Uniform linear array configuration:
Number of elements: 12
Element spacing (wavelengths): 0.25
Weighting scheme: cosine
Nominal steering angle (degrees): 0
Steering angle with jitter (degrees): -0.4852
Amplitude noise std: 0.05
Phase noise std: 0.05

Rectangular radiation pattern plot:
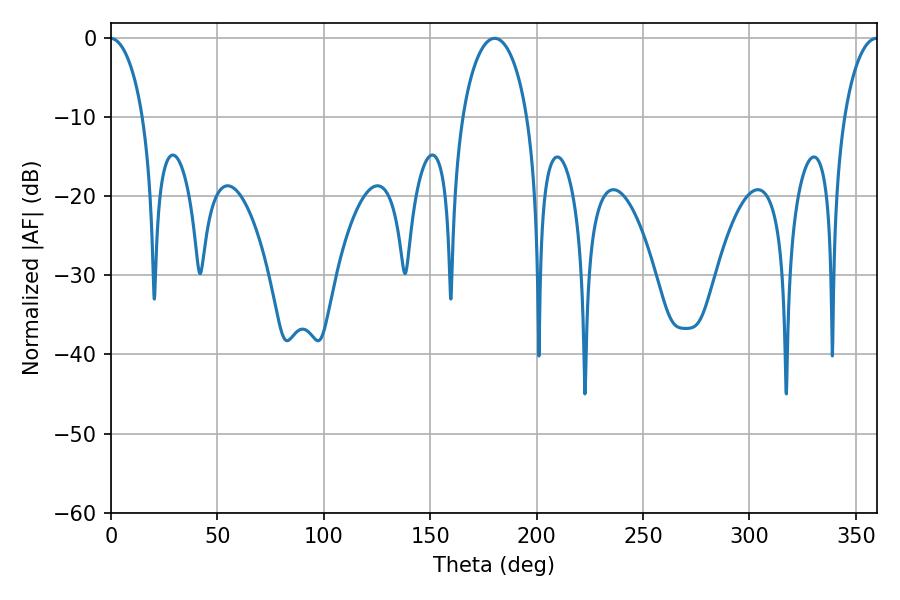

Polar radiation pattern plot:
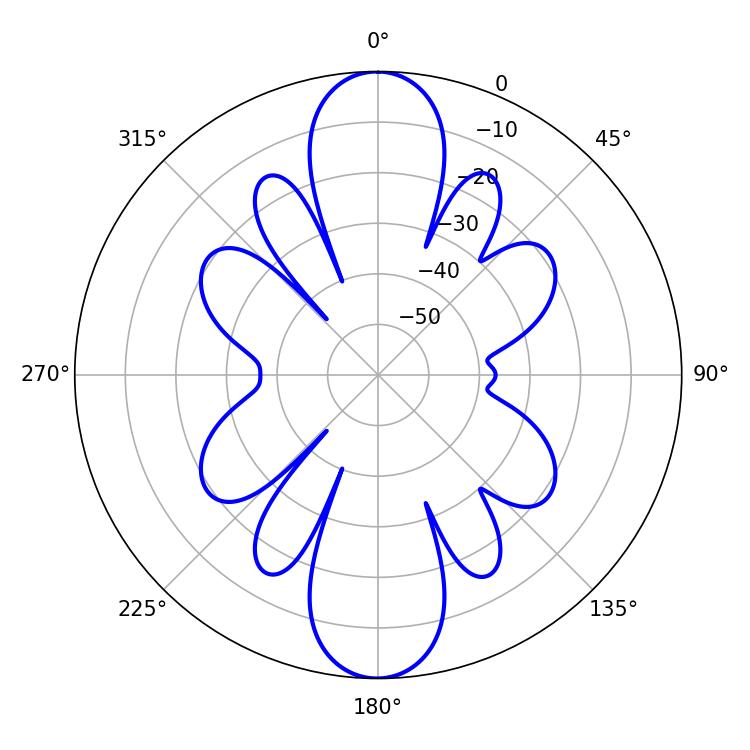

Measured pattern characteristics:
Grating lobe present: FALSE
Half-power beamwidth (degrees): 17.46
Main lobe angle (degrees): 180.36